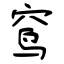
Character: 窎